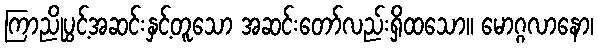
ကြာညိုပွင့်အဆင်းနှင့်တူသော အဆင်းတော်လည်းရှိထသော။ မောဂ္ဂလာနော၊